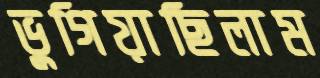
ভুগিয়াছিলাম